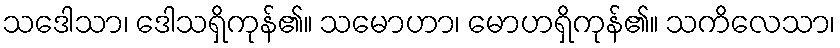
သဒေါသာ၊ ဒေါသရှိကုန်၏။ သမောဟာ၊ မောဟရှိကုန်၏။ သကိလေသာ၊